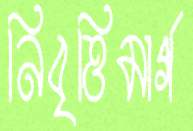
নিবৃত্তিমার্গ